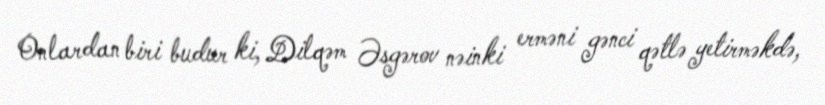
Onlardan biri budur ki, Dilqəm Əsgərov nəinki erməni gənci qətlə yetirməkdə,